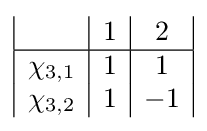
{\begin{array}{|c|c|c|c|c|c|c|}&1&2\\\hline \chi _{3,1}&1&1\\\chi _{3,2}&1&-1\\\end{array}}